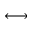
\longleftrightarrow